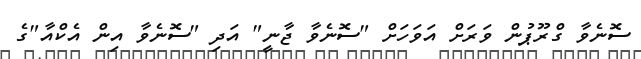
ސޮނެވާ ގްރޫޕުން ވަރަށް އަވަހަށް "ސޮނެވާ ޖާނީ" އަދި "ސޮނެވާ އިން އެކްއާ"ގެ